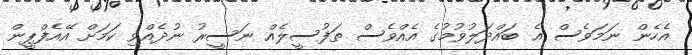
އެހެން ނަމަވެސް އެ ބައްދަލުވުމުގެ އެއްވެސް ތަފުސީލެއް ނަސީރު ނުދެއްވި ކަމަށް އޭއެފްޕީން